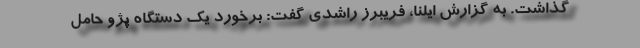
گذاشت. به گزارش ایلنا، فریبرز راشدی گفت: برخورد یک دستگاه پژو حامل